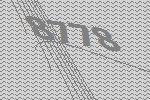
8778